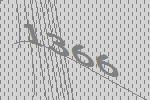
1366